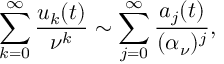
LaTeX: \sum _ { k = 0 } ^ { \infty } { \frac { u _ { k } ( t ) } { \nu ^ { k } } } \sim \sum _ { j = 0 } ^ { \infty } { \frac { a _ { j } ( t ) } { ( \alpha _ { \nu } ) ^ { j } } } ,